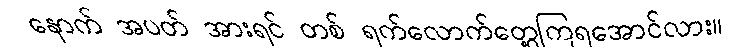
နောက် အပတ် အားရင် တစ် ရက်လောက်တွေ့ကြရအောင်လား။